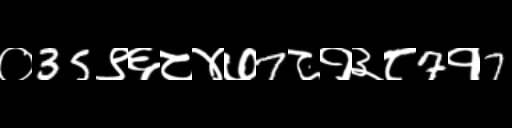
Text: ०35९६८४७7८१३८7१7